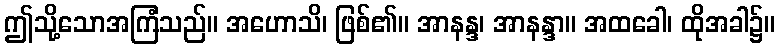
ဤသို့သောအကြံသည်။ အဟောသိ၊ ဖြစ်၏။ အာနန္ဒ၊ အာနန္ဒာ။ အထခေါ၊ ထိုအခါ၌။